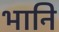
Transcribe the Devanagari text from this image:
भानि